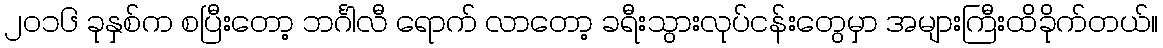
၂ဝ၁၆ ခုနှစ်က စပြီးတော့ ဘင်္ဂါလီ ရောက် လာတော့ ခရီးသွားလုပ်ငန်းတွေမှာ အများကြီးထိခိုက်တယ်။